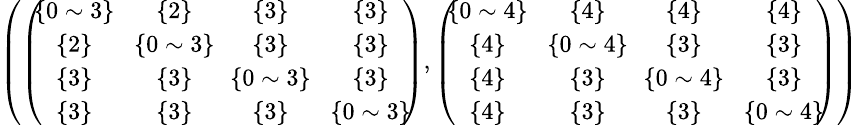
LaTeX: \begin{array}{r}{\small{\left(\left(\! \! \begin{array}{cccc}{\{ 0\sim 3\} }&{\{ 2\} }&{\{ 3\} }&{\{ 3\} }\\ {\{ 2\} }&{\! \{ 0\sim 3\} \! }&{\{ 3\} }&{\{ 3\} }\\ {\{ 3\} }&{\{ 3\} }&{\! \{ 0\sim 3\} \! }&{\{ 3\} }\\ {\{ 3\} }&{\{ 3\} }&{\{ 3\} }&{\{ 0\sim 3\} }\end{array}\! \! \right),\left(\! \! \begin{array}{cccc}{\{ 0\sim 4\} }&{\{ 4\} }&{\{ 4\} }&{\{ 4\} }\\ {\{ 4\} }&{\! \{ 0\sim 4\} \! }&{\{ 3\} }&{\{ 3\} }\\ {\{ 4\} }&{\{ 3\} }&{\! \{ 0\sim 4\} \! }&{\{ 3\} }\\ {\{ 4\} }&{\{ 3\} }&{\{ 3\} }&{\{ 0\sim 4\} }\end{array}\! \! \right)\right)}}\end{array}